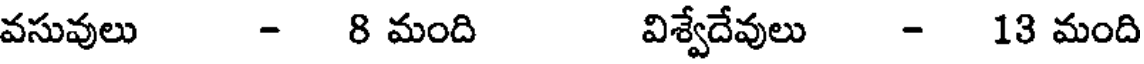
వసువులు - 8 మంది విశ్వేదేవులు - 13 మంది